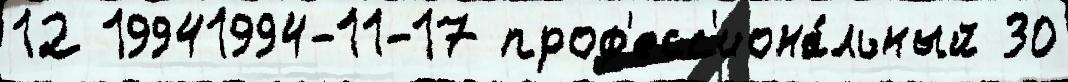
12 19941994-11-17 проф'есс'иона́льный 30